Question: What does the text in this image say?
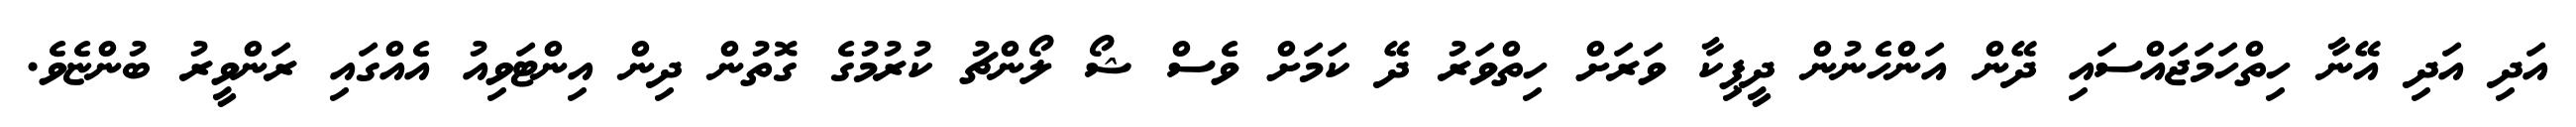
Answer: އަދި އަދި އޭނާ ހިތްހަމަޖައްސައި ދޭން އަންހެނުން ދީޕިކާ ވަރަށް ހިތްވަރު ދޭ ކަމަށް ވެސް ޝޯ ލޯންޗު ކުރުމުގެ ގޮތުން ދިން އިންޓަވިއު އެއްގައި ރަންވީރު ބުންޏެވެ.